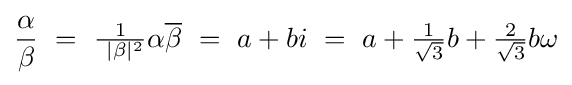
{\frac {\alpha }{\beta }}\ =\ {\tfrac {1}{\ |\beta |^{2}}}\alpha {\overline {\beta }}\ =\ a+bi\ =\ a+{\tfrac {1}{\sqrt {3}}}b+{\tfrac {2}{\sqrt {3}}}b\omega